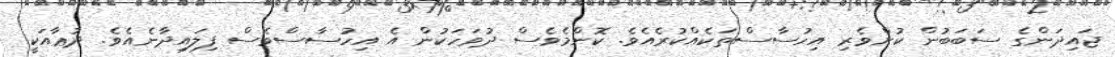
ޖައިދަންގެ ސަބަބުން ކުށްވެރި އިހުސާސްތަކެއްކުރެއެވެ. ކޮންމެވެސް ދުވަހަކުން އެ އިހުސާސްވެސް ފިލައިދާނެއެވެ. ދުޢާއަކީ